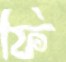
ফি